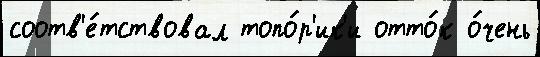
соотв'е́тствовал топо́р'ик'и отто́к о́чень